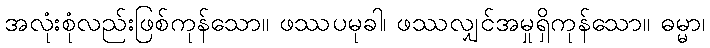
အလုံးစုံလည်းဖြစ်ကုန်သော။ ဖဿပမုခါ၊ ဖဿလျှင်အမှုရှိကုန်သော။ ဓမ္မာ၊